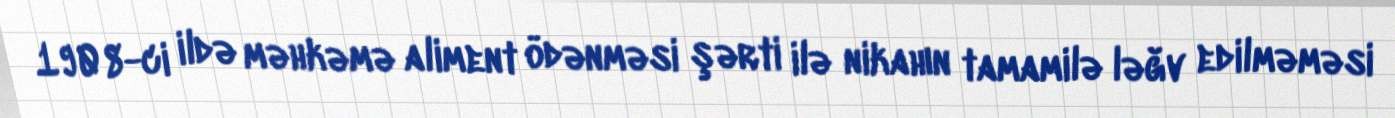
1908-ci ildə məhkəmə aliment ödənməsi şərti ilə nikahın tamamilə ləğv edilməməsi